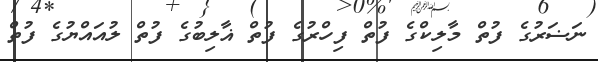
ނަޟަރުގެ ފުތް މާލިކްގެ ފުތް ފިހްރުގެ ފުތް ޣާލިބުގެ ފުތް ލުއައްޔުގެ ފުތް